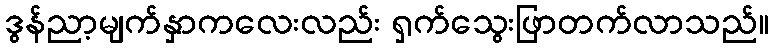
ဒွန်ညာ့မျက်နှာကလေးလည်း ရှက်သွေးဖြာတက်လာသည်။